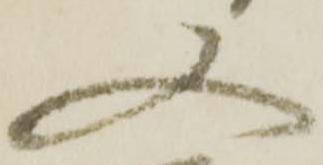
又